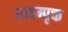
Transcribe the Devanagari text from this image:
असम्पृक्त